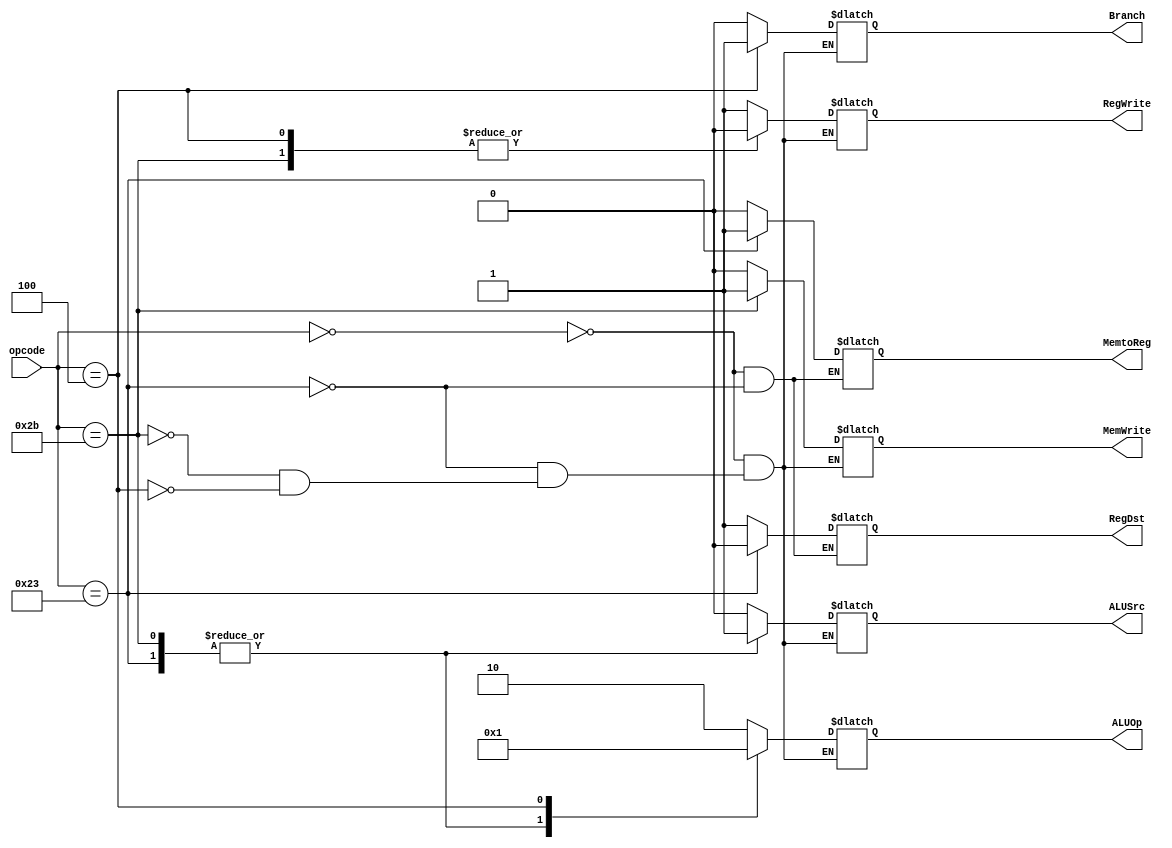
module main_decoder (
	input [5:0] opcode,
	output reg MemtoReg, MemWrite, Branch, ALUSrc, RegDst, RegWrite, 
	output reg [1:0] ALUOp
);

always@ (*) begin
	case (opcode)
	6'h00 : begin
		MemtoReg = 0;
		MemWrite = 0;
		Branch = 0;
		ALUSrc = 0;
		RegDst = 1;
		RegWrite = 1;
		ALUOp = 10;
	end
	6'h23 : begin
		MemtoReg = 1;
		MemWrite = 0;
		Branch = 0;
		ALUSrc = 1;
		RegDst = 0;
		RegWrite = 1;
		ALUOp = 00;
	end
	6'h2B : begin
		MemWrite = 1;
		Branch = 0;
		ALUSrc = 1;
		RegWrite = 0;
		ALUOp = 00;
	end
	6'h04 : begin
		MemWrite = 0;
		Branch = 1;
		ALUSrc = 0;
		RegWrite = 0;
		ALUOp = 01;
	end
	endcase
end 


endmodule